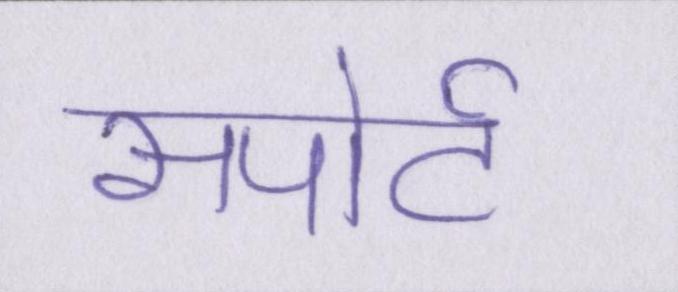
सपोर्ट